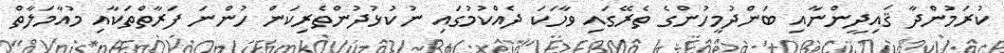
ކުރަމުންދާ ޤައިދީންނާއި ބަންދުމީހުންގެ ތެރޭގައި ވާހަކަ ދެއްކުމުގައި ނުކުޅުދުންތެރިކަން ހުންނަ ފަރާތްތަކާއި މުއާމަލާތް